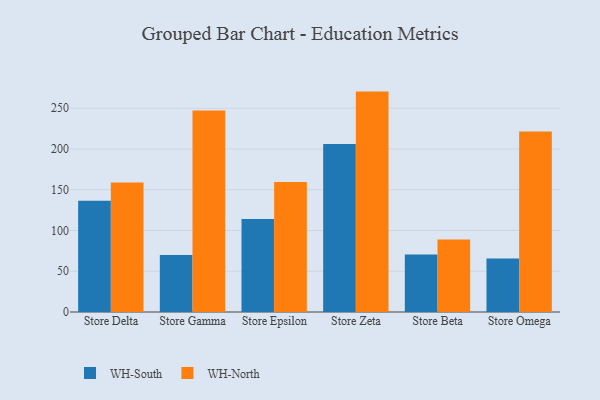
{"axis": {"x": "Store", "y": "Headcount"}, "legend": ["WH-North", "WH-South"], "data": [{"x": "Store Delta", "y": 136.4, "type": "WH-South"}, {"x": "Store Delta", "y": 158.8, "type": "WH-North"}, {"x": "Store Gamma", "y": 69.8, "type": "WH-South"}, {"x": "Store Gamma", "y": 247.3, "type": "WH-North"}, {"x": "Store Epsilon", "y": 114.0, "type": "WH-South"}, {"x": "Store Epsilon", "y": 159.6, "type": "WH-North"}, {"x": "Store Zeta", "y": 206.2, "type": "WH-South"}, {"x": "Store Zeta", "y": 270.4, "type": "WH-North"}, {"x": "Store Beta", "y": 70.5, "type": "WH-South"}, {"x": "Store Beta", "y": 89.1, "type": "WH-North"}, {"x": "Store Omega", "y": 65.6, "type": "WH-South"}, {"x": "Store Omega", "y": 221.3, "type": "WH-North"}]}